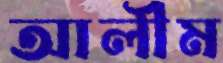
আলীম